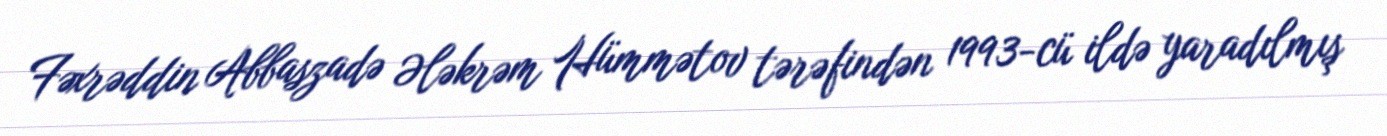
Fəxrəddin Abbaszadə Ələkrəm Hümmətov tərəfindən 1993-cü ildə yaradılmış